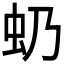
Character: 𧈣